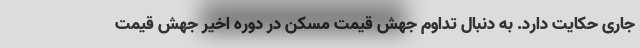
جاری حکایت دارد. به دنبال تداوم جهش قیمت مسکن در دوره اخیر جهش قیمت